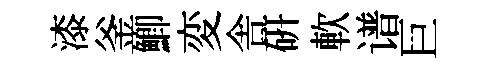
漆釜鯽変舎研軟谱巨